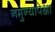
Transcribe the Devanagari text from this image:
नमुन्यापेक्षा